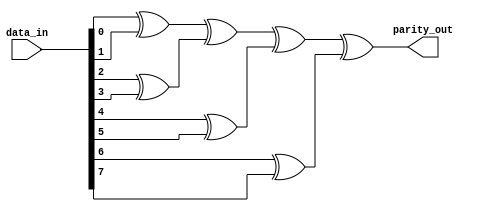
//-----------------------------------------------------
// Design Name : parity_using_function
// Function    : Parity using function
// Coder       : Deepak Kumar Tala
//-----------------------------------------------------
module parity_using_function (
data_in    , //  8 bit data in
parity_out   //  1 bit parity out
);
output  parity_out ;
input [7:0] data_in ; 
     
wire parity_out ; 

function parity;
  input [31:0] data; 
  begin
    parity =  (data_in[0] ^ data_in[1]) ^  
              (data_in[2] ^ data_in[3]) ^ 
              (data_in[4] ^ data_in[5]) ^  
              (data_in[6] ^ data_in[7]);
  end 
endfunction 
 
      
assign parity_out = parity(data_in);

endmodule